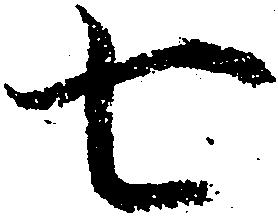
七